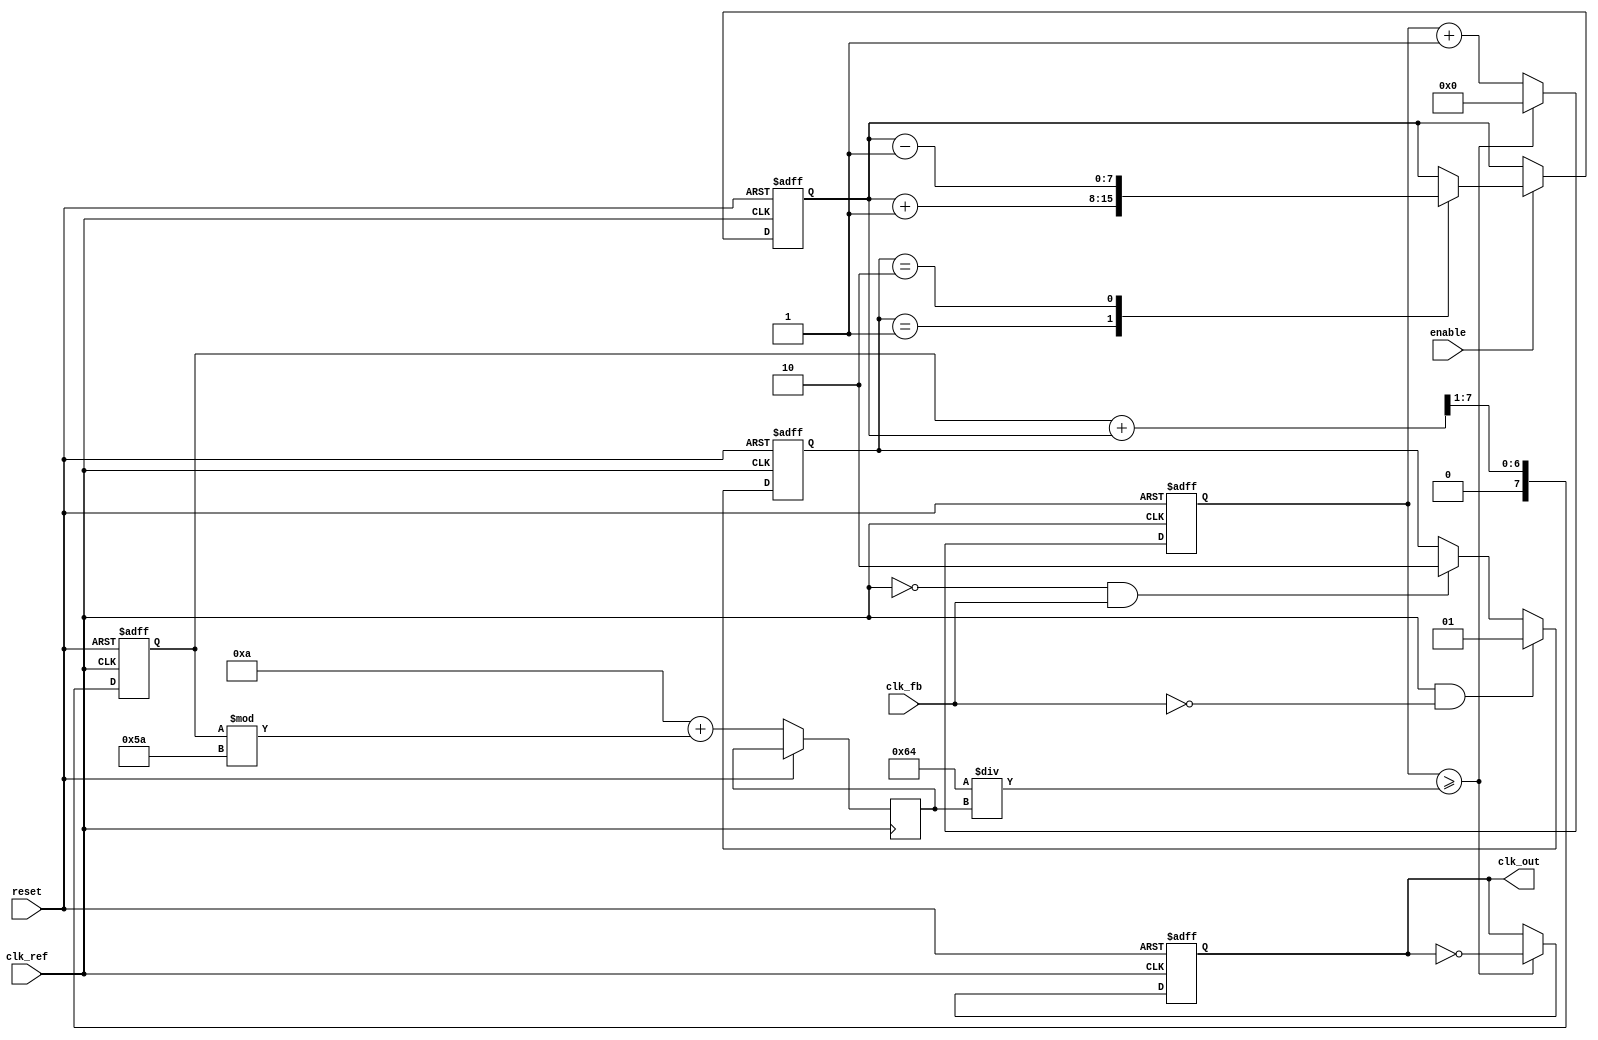
module low_jitter_pll (
    input wire clk_ref,             // Reference clock input
    input wire clk_fb,              // Feedback clock input from VCO
    input wire reset,               // Reset signal
    input wire enable,              // PLL enable signal
    output reg clk_out              // Output clock from VCO
);
    // Parameters
    parameter VCO_MAX_FREQ = 100;   // Max VCO frequency (MHz)
    parameter VCO_MIN_FREQ = 10;    // Min VCO frequency (MHz)
    parameter DIV_FACTOR = 4;        // Frequency division factor

    // Wires and registers
    reg [1:0] pfd_out;               // PFD output
    reg [7:0] charge_pump_out;       // Charge pump output (control voltage)
    reg [7:0] loop_filter_out;        // Loop filter output (VCO control voltage)
    reg [31:0] vco_counter;           // VCO counter
    reg [31:0] vco_freq;              // VCO frequency
    reg clk_div;                      // Divided clock output

    // Phase Frequency Detector (PFD)
    always @(posedge clk_ref or posedge reset) begin
        if (reset) begin
            pfd_out <= 2'b00;
        end else begin
            // Simple PFD behavior: compare clock edges
            if (clk_ref && !clk_fb) begin
                pfd_out <= 2'b01; // VCO is slow
            end else if (!clk_ref && clk_fb) begin
                pfd_out <= 2'b10; // VCO is fast
            end
        end
    end

    // Charge Pump (CP)
    always @(posedge clk_ref or posedge reset) begin
        if (reset) begin
            charge_pump_out <= 8'b0;
        end else if (enable) begin
            case (pfd_out)
                2'b01: charge_pump_out <= charge_pump_out + 1; // Increase voltage
                2'b10: charge_pump_out <= charge_pump_out - 1; // Decrease voltage
                default: charge_pump_out <= charge_pump_out;    // Hold
            endcase
        end
    end

    // Loop Filter (LF)
    always @(posedge clk_ref or posedge reset) begin
        if (reset) begin
            loop_filter_out <= 8'b0;
        end else begin
            // Simple averaging filter
            loop_filter_out <= (loop_filter_out + charge_pump_out) >> 1;
        end
    end

    // Voltage-Controlled Oscillator (VCO)
    always @(posedge clk_ref or posedge reset) begin
        if (reset) begin
            vco_counter <= 0;
            clk_out <= 0;
        end else begin
            // VCO frequency control based on loop filter output
            vco_freq <= VCO_MIN_FREQ + (loop_filter_out % (VCO_MAX_FREQ - VCO_MIN_FREQ));
            vco_counter <= vco_counter + 1;

            // Generate output clock based on VCO frequency
            if (vco_counter >= (100 / vco_freq)) begin
                clk_out <= ~clk_out;
                vco_counter <= 0;
            end
        end
    end

    // Frequency Divider
    always @(posedge clk_out or posedge reset) begin
        if (reset) begin
            clk_div <= 0;
        end else begin
            // Simple frequency divider
            clk_div <= ~clk_div;
        end
    end

endmodule